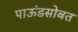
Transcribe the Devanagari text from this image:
पाऊंडसोबत